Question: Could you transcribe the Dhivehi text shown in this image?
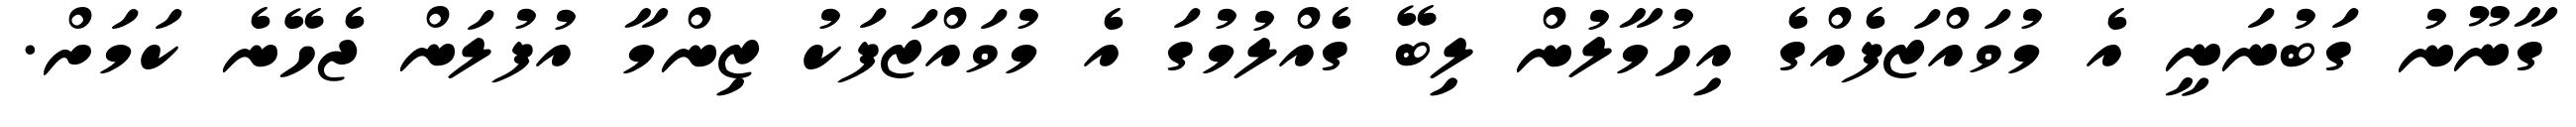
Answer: ގާނޫނު ގަބުނަނީ އެ މުވައްޒަފެއްގެ އިހުމާލުން ލިބޭ ގެއްލުމުގަ އެ މުވައްޒަފަކު ޒިންމާ އުފުލަން ޖެހޭނެ ކަމަށް.